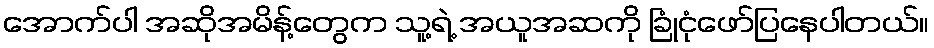
အောက်ပါ အဆိုအမိန့်တွေက သူ့ရဲ့ အယူအဆကို ခြုံငုံဖော်ပြနေပါတယ်။